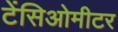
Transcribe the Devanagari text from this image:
टेंसिओमीटर